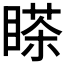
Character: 𰥸